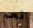
نعم